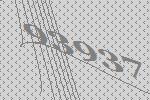
93937